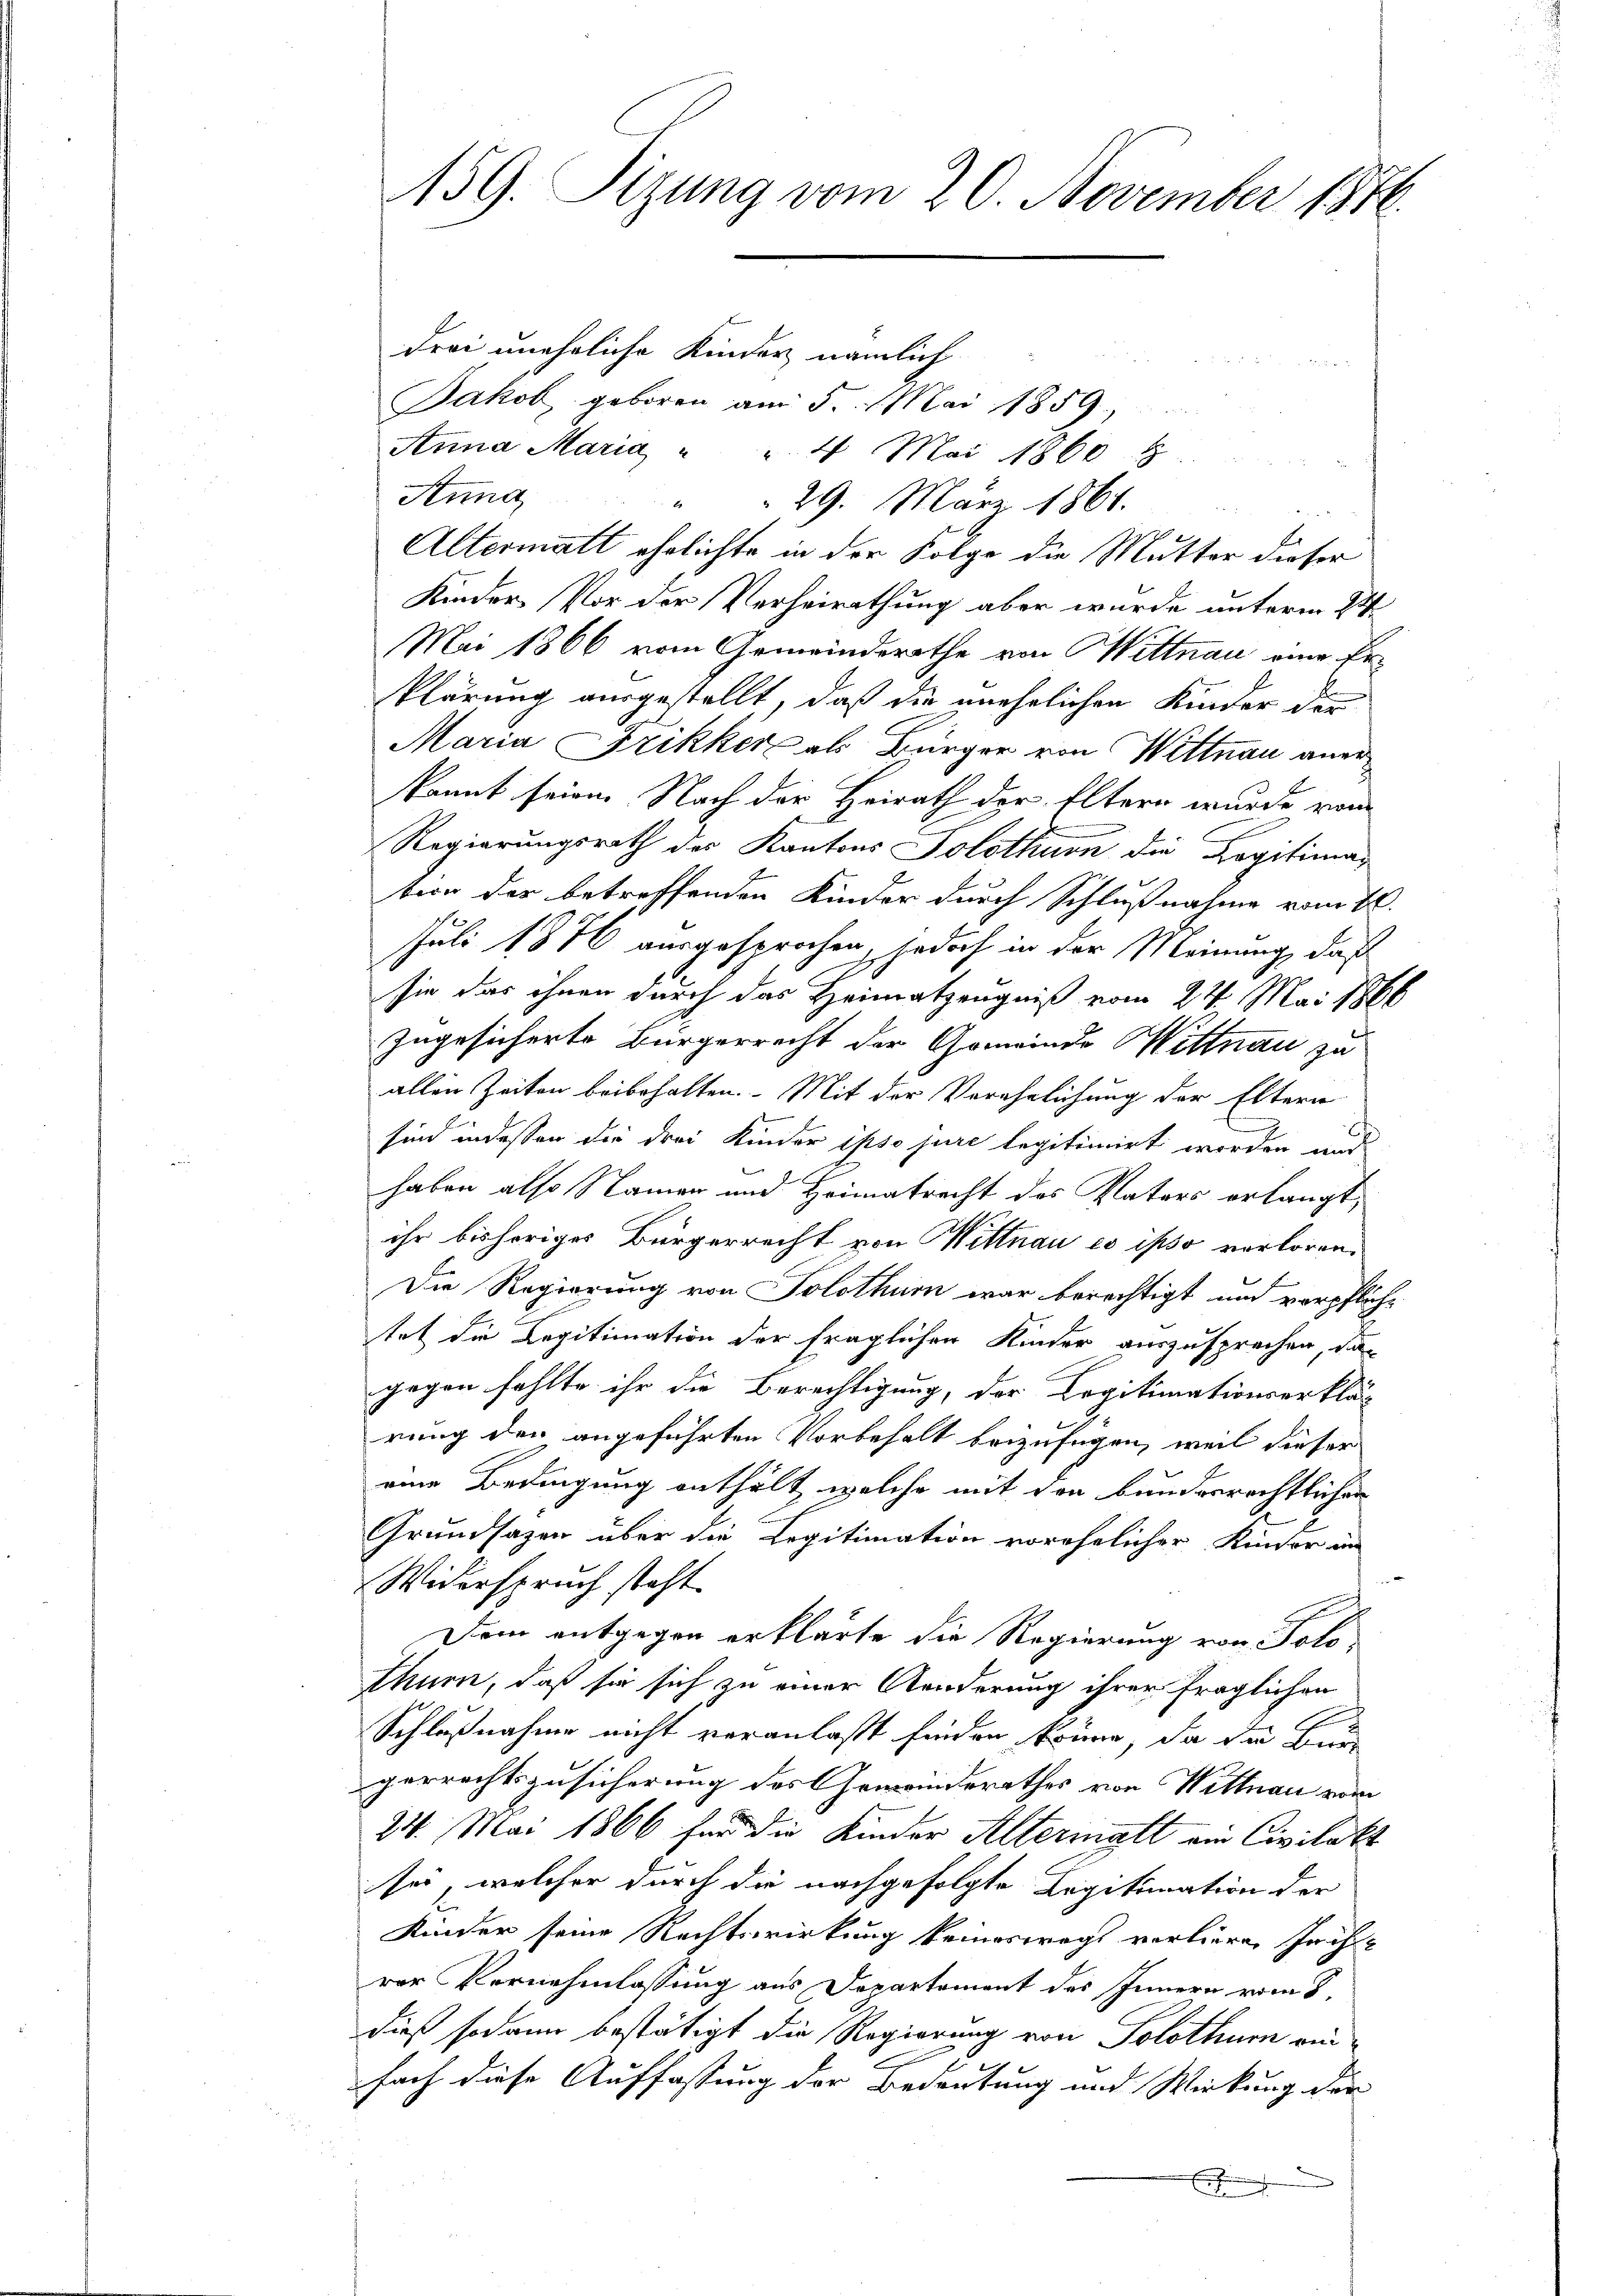
drei uneheliche Kinder nämlich
n
Jakob, geboren am 5. Mai 1859
Anna Maria " " 4 Mai 1860
Anna
29. März 1864.
Altermatt ehelichte in der Folge die Mutter dieser
Kinder Vor der Verheirathung aber wurde unterm 24
Mai 1866 vom Gemeinderathe von Wittnau eine Erklärung ausgestellt, daß die unehrlichen Kinder der
Maria Frikker als Bürger von Wittnau anerkannt seien. Nach der Heirath der Eltern wurde vom
Regierungsrath des Kantons Solothurn die Legitimation der betreffenden Kinder durch Schlußnahme vom 12.
Juli 1876 ausgesprochen, jedoch in der Meinung, daß
sie das ihnen durch das Heimatzeugniß vom 24. Mai 1866
zugesicherte Bürgerrecht der Gemeinde Mittnau zu
allen Zeiten beibehalten. Mit der Verehelichung der Eltern
sind indessen die drei Kinder ipso jure legitimirt worden und
haben also Namen und Heimatrecht des Vaters erlangt,
ihr bisheriges Bürgerrecht von Wittnau es ipso verlorene
Die Regierung von Solothur war berechtigt und verpflichtet die Kapitimation der fraglichen Kinder auszusprechen, das
gegen fehlte ihr die Berechtigung, der Legitimationserklär-
rung den angeführten Vorbehalt beizufügen, weil dieser
eine Bedingung enthält, welche mit den bunderrechtlichen
Grundsazen über die Legitimation vorehelicher Kinder in
Widerspruch steht.
Dem entgegen erklärte die Regierung von Tolothurn, daß sie sich zu einer Aenderung ihrer fraglichen
E
Schlußnahme nicht veranlaßt finden könne, da die Bur
gerrechtszusicherung des Gemeinderathes von Wittnau vom
24. Mai 1866 für die Kinder Altermalt ein Civilabt
sei, welcher durch die nachgefolgte Legitimation der
Kinder seine Rechtswirkung keineswegs verlieren Juch
rer VVernehmlassung aus Departement des Innern vom 8.
dieß sodann bestätigt die Regierung von Solothum ein
.
fach diese Auffassung der Bedeutung und Wirkung der
E

459. Sizung vom 20. November 1846.